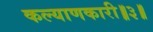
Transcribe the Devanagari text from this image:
कल्याणकारी॥३॥